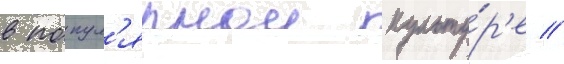
в попул'ярнои культу́р'е //